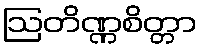
ဩတိဏ္ဏစိတ္တာ